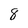
Character: 8